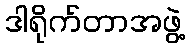
ဒါရိုက်တာအဖွဲ့